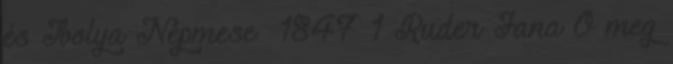
és Ibolya Népmese 1847 1 Ruder Jana Ő meg